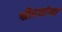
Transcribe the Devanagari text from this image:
श्रीदत्तांना